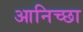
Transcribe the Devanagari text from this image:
आनिच्छा